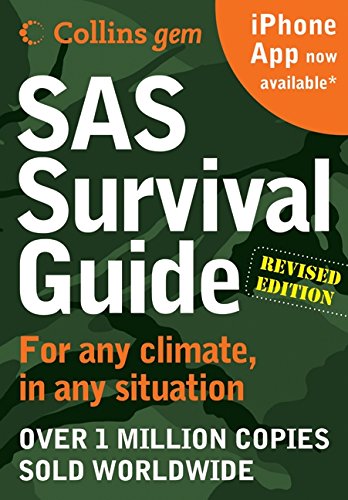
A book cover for SAS Survival Guide 2E (Collins Gem): For any climate, for any situation; John 'Lofty' Wiseman; Sports & Outdoors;